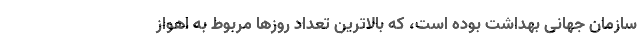
سازمان جهانی بهداشت بوده است، که بالاترین تعداد روزها مربوط به اهواز